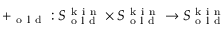
+ _ { \mathrm { ~ o ~ l ~ d ~ } } : S _ { \mathrm { ~ o ~ l ~ d ~ } } ^ { \mathrm { ~ k ~ i ~ n ~ } } \times S _ { \mathrm { ~ o ~ l ~ d ~ } } ^ { \mathrm { ~ k ~ i ~ n ~ } } \to S _ { \mathrm { ~ o ~ l ~ d ~ } } ^ { \mathrm { ~ k ~ i ~ n ~ } }